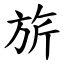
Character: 旂